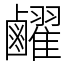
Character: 䴞